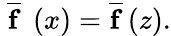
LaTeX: \ \overline{{{\mathbf{f}}}}\ \left(x\right)=\overline{{{\mathbf{f}}}}\left(z\right).